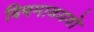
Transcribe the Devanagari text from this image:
विषमावयवो